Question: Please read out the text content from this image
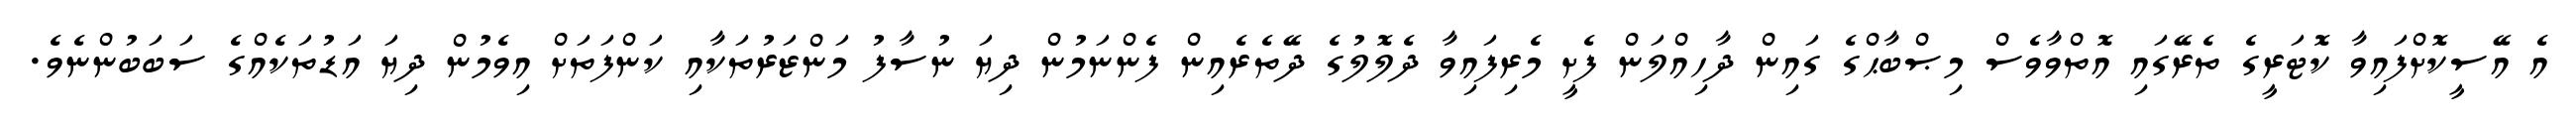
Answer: އެ އޭސީކޮށްފައިވާ ކޮޓަރީގެ ތެރޭގައި އޮތްވާވެސް މިޞްބާޙްގެ ގައިން ދާހިއްލަން ފެށީ މެރިފައިވާ ދެލޮލުގެ ދޭތެރެއިން ފެންނަމުން ދިޔަ ނުސާފު މަންޒަރުތަކާއި ކަންފަތަށް އިވެމުން ދިޔަ އަޑުތަކެއްގެ ސަބަބުންނެވެ.